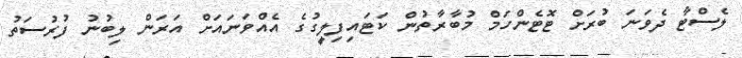
ލެސްޓާ ދެވަނަ ބުރަށް ޓޮޓެންހަމް މުބާރާތުން ކަޓައިފިލީގުގެ އެއްވަނައަށް އަރަން ލިބުނު ފުރުސަތު